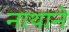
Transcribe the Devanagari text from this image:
नाथाने